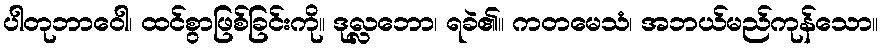
ပါတုဘာဝေါ၊ ထင်စွာဖြစ်ခြင်းကို။ ဒုလ္လဘော၊ ရခဲ၏။ ကတမေသံ၊ အဘယ်မည်ကုန်သော။